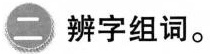
\bigcirc{{二}} 辨字组词。